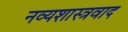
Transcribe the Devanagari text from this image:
नव्यशास्त्रवाद